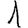
Digit: 1